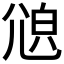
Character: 𡯫